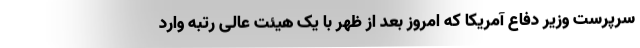
سرپرست وزیر دفاع آمریکا که امروز بعد از ظهر با یک هیئت عالی رتبه وارد